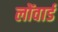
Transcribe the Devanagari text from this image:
लोंवार्ड